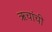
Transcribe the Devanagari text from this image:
ऋचांची